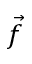
\vec { f }